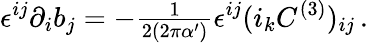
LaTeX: \epsilon^{ij}\partial_{i}b_{j}=-{\textstyle\frac{1}{2(2\pi\alpha^{\prime})}}\epsilon^{ij}(i_{k}C^{(3)})_{ij}\, .